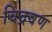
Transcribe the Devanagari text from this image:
विद्रवण